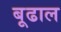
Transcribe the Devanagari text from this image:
बूढाल